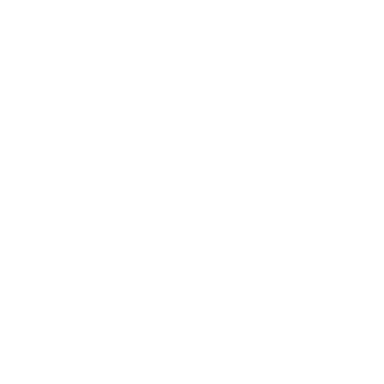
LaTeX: \fbox { \displaystyle \partial _ { z } \partial _ { \bar { z } } \chi _ { n } + \frac { 1 } { 2 } \left[ \partial _ { \varphi } ^ { 2 } V ( \varphi _ { 0 } ) \right] \chi _ { n } = \widetilde { \mathrm { I n h } } \left( \chi _ { 0 } , \ldots , \chi _ { n - 1 } \right) , }